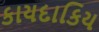
કાયદાકિય